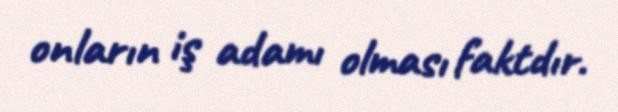
onların iş adamı olması faktdır.